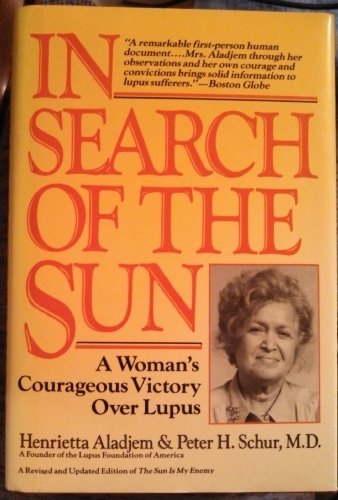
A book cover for In Search of the Sun : A Woman's Courageous Victory over Lupus; Henrietta; Schur, Peter H. Aladjem; Health, Fitness & Dieting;